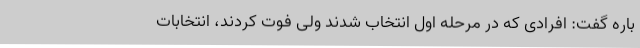
باره گفت: افرادی که در مرحله اول انتخاب شدند ولی فوت کردند، انتخابات